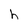
Character: h